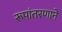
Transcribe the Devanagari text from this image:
रूपांतरणाने